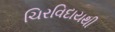
ચિરવિદાયથી